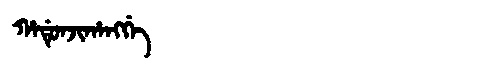
Manchu: ᡥᠠᡩᡠᠨᠵᡳᡥᠠᠩᡤᡝ
Romanization: HADUNJIHANGGE